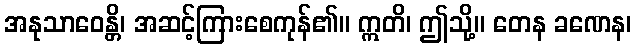
အနုသာဝေန္တိ၊ အဆင့်ကြားစေကုန်၏။ ဣတိ၊ ဤသို့။ တေန ခဏေန၊